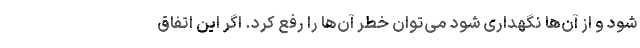
شود و از آن‌ها نگهداری شود می‌توان خطر آن‌ها را رفع کرد. اگر این اتفاق